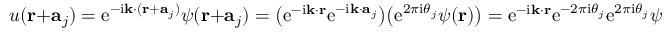
u ( \mathbf { r } + \mathbf { a } _ { j } ) = \mathrm { e } ^ { - \mathrm { i } \mathbf { k } \cdot ( \mathbf { r } + \mathbf { a } _ { j } ) } \psi ( \mathbf { r } + \mathbf { a } _ { j } ) = { \big ( } \mathrm { e } ^ { - \mathrm { i } \mathbf { k } \cdot \mathbf { r } } \mathrm { e } ^ { - \mathrm { i } \mathbf { k } \cdot \mathbf { a } _ { j } } { \big ) } { \big ( } \mathrm { e } ^ { 2 \pi \mathrm { i } \theta _ { j } } \psi ( \mathbf { r } ) { \big ) } = \mathrm { e } ^ { - \mathrm { i } \mathbf { k } \cdot \mathbf { r } } \mathrm { e } ^ { - 2 \pi \mathrm { i } \theta _ { j } } \mathrm { e } ^ { 2 \pi \mathrm { i } \theta _ { j } } \psi ( \mathbf { r } ) = u ( \mathbf { r } )